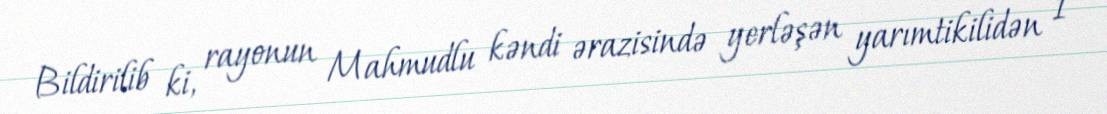
Bildirilib ki, rayonun Mahmudlu kəndi ərazisində yerləşən yarımtikilidən 1